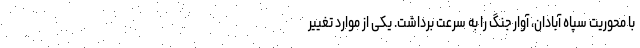
با محوریت سپاه آبادان، آوار جنگ را به سرعت برداشت. یکی از موارد تغییر